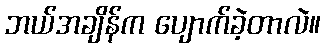
ဘယ်အချိန်က ပျောက်ခဲ့တာလဲ။